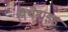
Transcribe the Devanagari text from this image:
लैथेनाइड